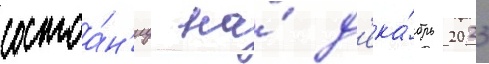
состоа́н'иу на́ д'ека́брь 2023